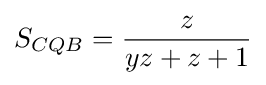
S_{CQB}={\frac {z}{yz+z+1}}